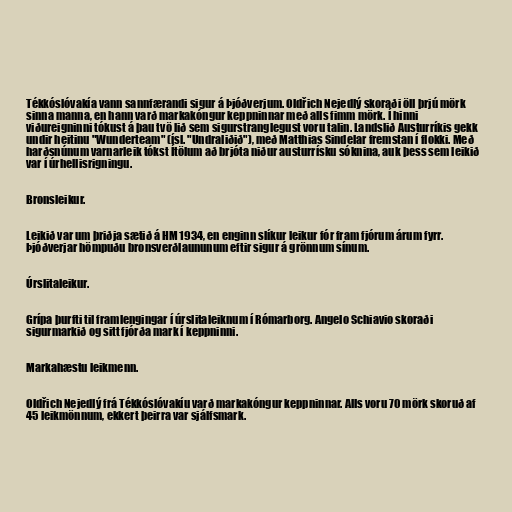
Tékkóslóvakía vann sannfærandi sigur á Þjóðverjum. Oldřich Nejedlý skoraði öll þrjú mörk
sinna manna, en hann varð markakóngur keppninnar með alls fimm mörk. Í hinni
viðureigninni tókust á þau tvö lið sem sigurstranglegust voru talin. Landslið Austurríkis gekk
undir heitinu "Wunderteam" (ísl. "Undraliðið"), með Matthias Sindelar fremstan í flokki. Með
harðsnúnum varnarleik tókst Ítölum að brjóta niður austurrísku sóknina, auk þess sem leikið
var í úrhellisrigningu.

Bronsleikur.

Leikið var um þriðja sætið á HM 1934, en enginn slíkur leikur fór fram fjórum árum fyrr.
Þjóðverjar hömpuðu bronsverðlaununum eftir sigur á grönnum sínum.

Úrslitaleikur.

Grípa þurfti til framlengingar í úrslitaleiknum í Rómarborg. Angelo Schiavio skoraði
sigurmarkið og sitt fjórða mark í keppninni.

Markahæstu leikmenn.

Oldřich Nejedlý frá Tékkóslóvakíu varð markakóngur keppninnar. Alls voru 70 mörk skoruð af
45 leikmönnum, ekkert þeirra var sjálfsmark.